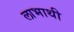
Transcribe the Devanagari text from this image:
लाभाथी